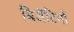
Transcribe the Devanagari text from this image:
बिजैंटिनों